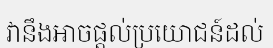
វានឹងអាចផ្តល់ប្រយោជន៍ដល់